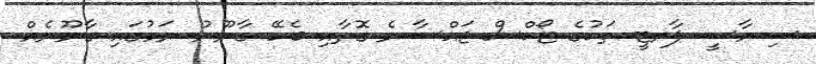
ސިޔާސީ ޕާރޓީ ތަކުގެ ޓޯކްސް ޖައްސާނެ ގޮތާއި ބެހޭ ގާނޫނު ނަމުގައި ގާނޫނެއް